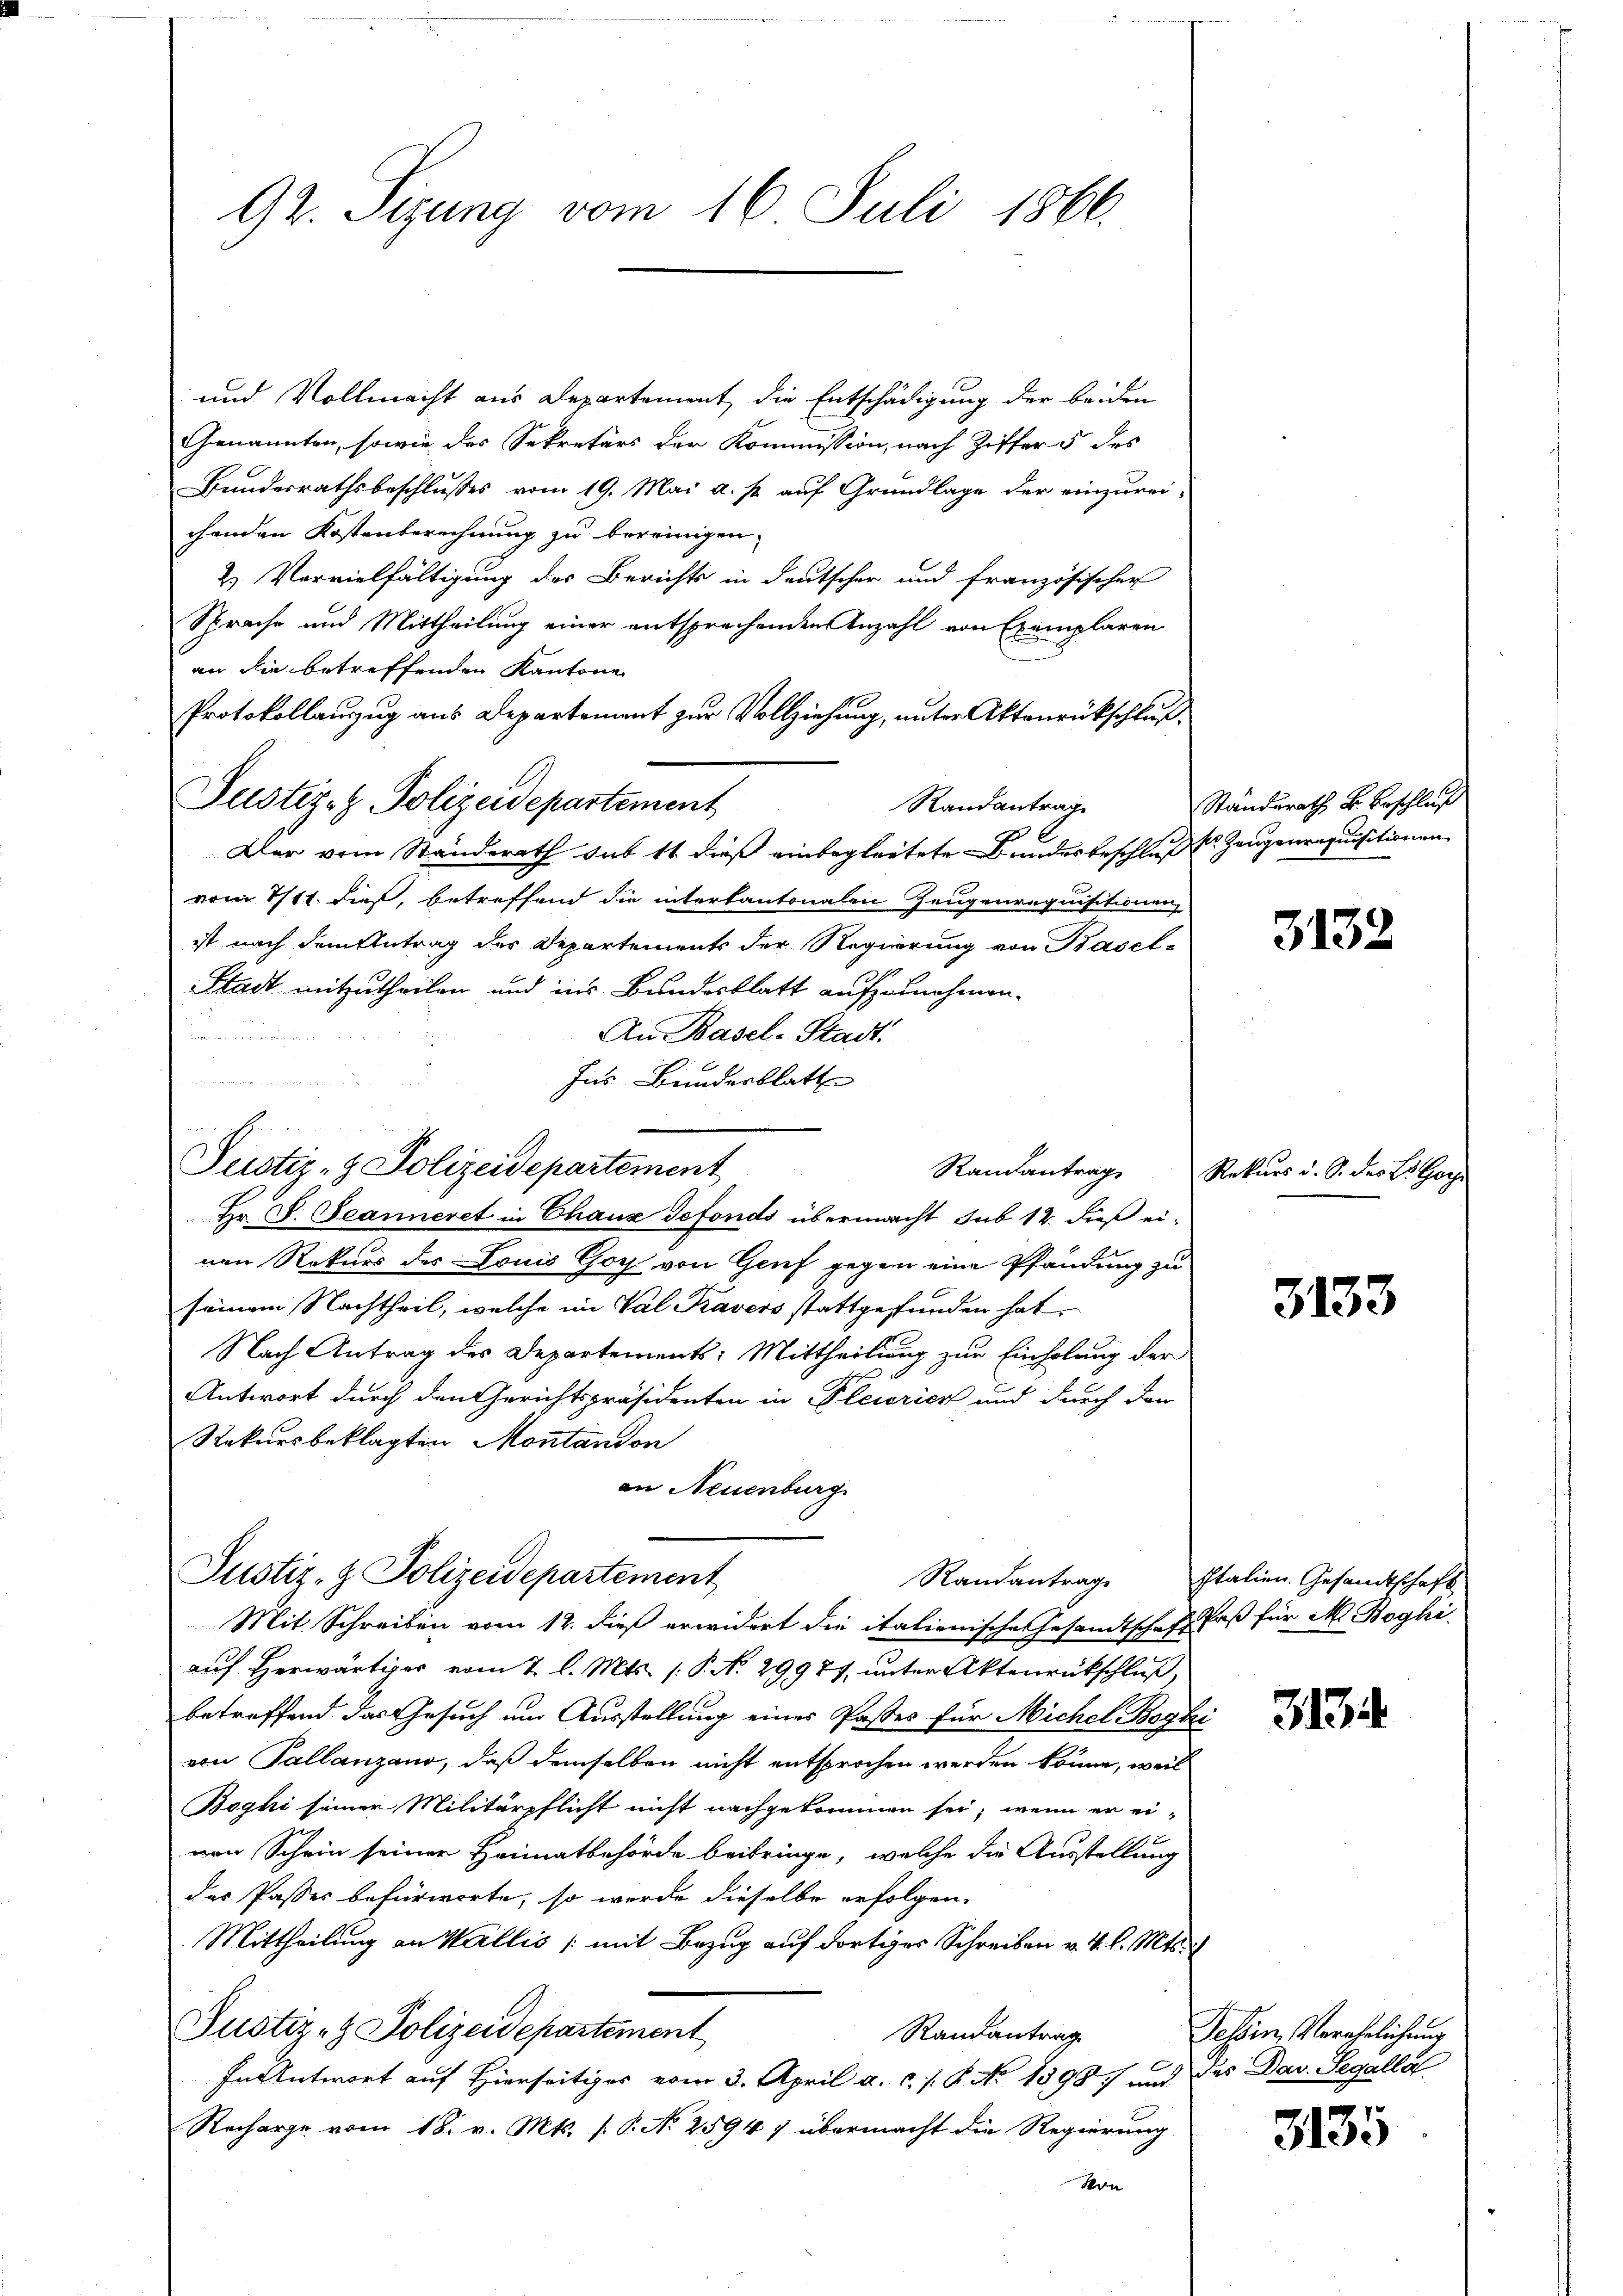
92. Sizung vom 16. Juli 1860.

und Vollmacht aus Departement die Entschädigung der beiden
Genannten, sowie des Sekretärs der Kommission, nach Ziffer 5 des
Bundesrathsbeschlusses vom 19. Mai a. p. auf Grundlage der einzureichenden Kostenberechnung zu bereinigen.
2) Vervielfältigung des Berichts in deutscher und französischer
Sprache und Mittheilung einer entsprechenden Anzahl von Exemplaren
an die betreffenden Kantone
Protokollauzug aus Departement zur Vollziehung, unter Aktenrückschluß
Justiz- & Polizeidepartement
Randantrag
Der vom Standerath sub 11 dieß einbegleitete Bundesbeschluß sr. Zeugenrequisitionen
vom 1711. dieß, betreffend die interkantonalen Zeugenrequisitionen
ist nach dem Antrag des Departements der Regierung von Basel-
Stadt mitzutheilen und ins Bundesblatt aufzunehmen.
An Basel-Stadt.
viennern
m
Ins Bunderblatt
Justiz- & Polizeidepartement
Randantrag
Hr. V. Beanneret in Chaux defonds übermacht sub 12. dieß ei-
nen Rekurs des Louis Goy von Genf gegen eine Pfändung zu
seinem Nachtheil, welche im Val Travers stattgefunden hat.
Nach Antrag des Departements: Mittheilung zur Einholung der
Antwort durch den Gerichtspräsidenten in Plecorien und durch den
Rekursbeklagten Montandon
an Neuenburg
Justiz- & Polizeidepartement
Randantrage
Mit Schreiben vom 12. dieß erwidert die italienische Gesandtschaft, daß für M. Boghi
auf Herwärtiger vom 2. l. Mts. (: P. No 29987, unter Aktenrückschluß,
betreffend das Gesuch um Ausstellung eines Pastes für Michel-Boghi
von Tallanzano, daß demselben nicht entsprochen werden könne, weil
Boghi seiner Militärpflicht nicht nachgekommen sei, wenn er ei-
nen Schein seiner Heimatbehörde beibringe, welche die Ausstellung
der Passer befürworte, so werde dieselbe erfolgen.
Mittheilung an Wallis (mit Bezug auf dortiges Schreiben v. 4. l. Mts.
Justiz- & Polizeidepartement
Randantrag
In Antwort auf Hierseitiger vom 3. April a. c. s. R. No 13987 und des Dav. Segalla
Recharge vom 18. v. Mts. (: P. N. 2594) übermacht die Regierung
Hon

Standsrath B. Beschluß

3132

Rekurs u. S. des L. Go

3133

Italien. Gesandtschaft

3134.

Tessin, Verehelichung

3135